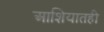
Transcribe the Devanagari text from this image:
आशियातही